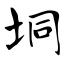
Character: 垌